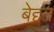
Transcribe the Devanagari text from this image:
बेद्दन